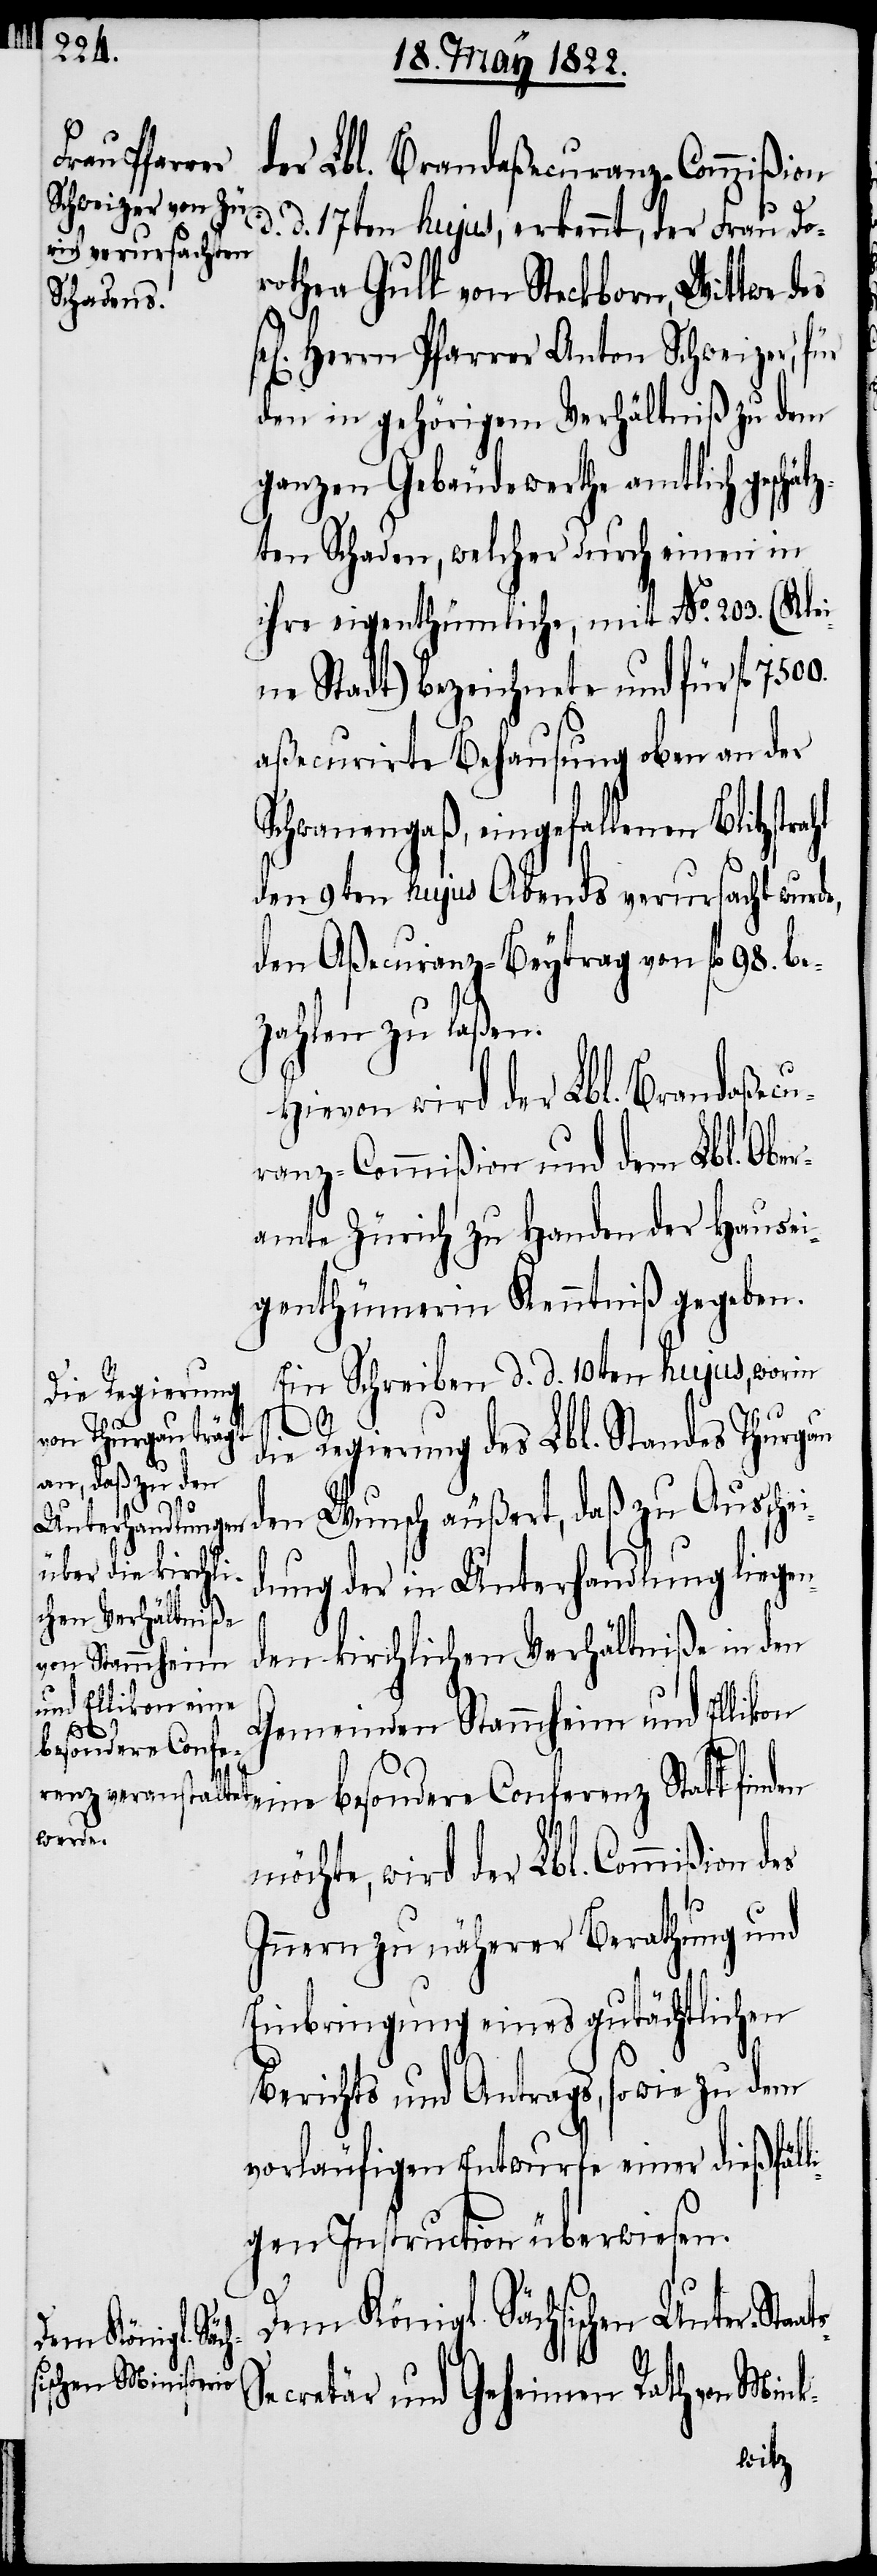
der Lbl. Brandaßecuranz-Commißion
d. d. 17ten hujus, erkennt, der Frau Do¬
rothea Gull von Steckborn, Wittwe
en] Herrn Pfarrer Anton Schweizer, für
den in gehörigem Verhältniß zu dem
ganzen Gebäudewerthe amtlich gesch¬
ten Schaden, welcher durch einen in
ihre eigenthümliche, mit No. 203. (Kle¬
ine Stadt) bezeichnete und für fl.
aßecurirte Behausung oben an der
Schwanengaß, eingefallenen Blitzstrahl
den 9ten hujus Abends verursacht wurde,
den Aßecuranz-Beytrag von fl. 98. be¬
zahlen zu laßen.
Hievon wird der Lbl. Brand-Aßecu¬
ranz-Commißion und dem Lbl. Ober¬
amte Zürich zu Handen der Hausei¬
genthümerin Kenntniß gegeben.
Ein Schreiben d. d. 10ten hujus, worin
7500.
die Regierung des Lbl. Standes Thurgau
li¬
den Wunsch äußert, daß zu Aussche¬
dung der in Unterhandlung liegen¬
den kirchlichen Verhältniße in den
Gemeinden Stammheim und Elli¬
ats-S¬
eine besondere Conferenz Statt fin¬
möchte, wird der Lbl. Commißion des
Innern zu näherer Berathung und
Einbringung eines gutächtlichen
Berichts und Antrags, so wie zu dem
vorläufigen Entwurfe einer dießfäl¬
gen Instruction überwiesen.
Dem Königl. Sächsischen Unter-Sta¬
des sel[ig¬
ecretär und Geheimen Rath von
ätz¬